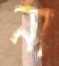
না